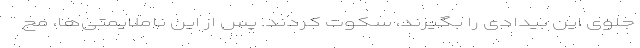
جلوی این بیدادی را بگیرند، سکوت کردند. پس از این ناملایمتی‌ها، مح